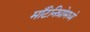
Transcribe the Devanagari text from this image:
माँटेनिग्रोमध्ये